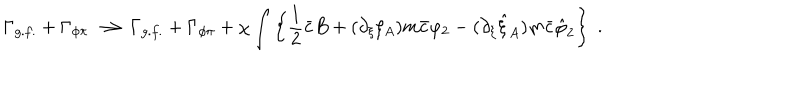
LaTeX: \Gamma _ { g . f . } + \Gamma _ { \phi \pi } \longrightarrow \Gamma _ { g . f . } + \Gamma _ { \phi \pi } + \chi \int \left\{ \frac 1 2 \bar { c } B + ( \partial _ { \xi } \xi _ { A } ) m \bar { c } \varphi _ { 2 } - ( \partial _ { \xi } \hat { \xi } _ { A } ) m \bar { c } \hat { \varphi } _ { 2 } \right\} \; .